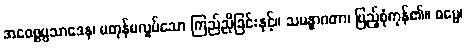
အဝေစ္စပ္ပသာဒေန၊ မတုန်မလှုပ်သော ကြည်ညိုခြင်းနှင့်။ သမန္နာဂတာ၊ ပြည့်စုံကုန်၏။ ဓမ္မေ၊